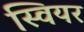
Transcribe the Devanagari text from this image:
स्वियर